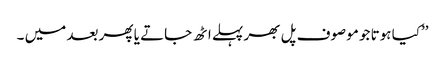
’’کیا ہوتا جو موصوف پل بھر پہلے اٹھ جاتے یا پھر بعد میں ۔